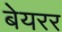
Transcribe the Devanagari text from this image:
बेयरर